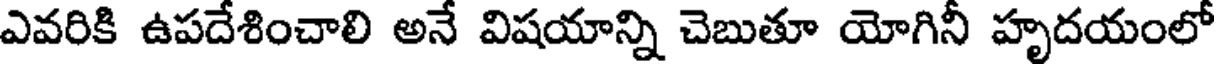
ఎవరికి ఉపదేశించాలి అనే విషయాన్ని చెబుతూ యోగినీ హృదయంలో